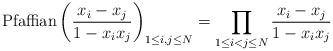
LaTeX: \begin{align*}{\rm Pfaffian}\left( {x_i-x_j \over 1-x_ix_j} \right)_{1\le i,j\le N}=\prod_{1\le i<j\le N}{x_i-x_j \over 1-x_ix_j}\end{align*}